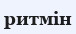
ритмін